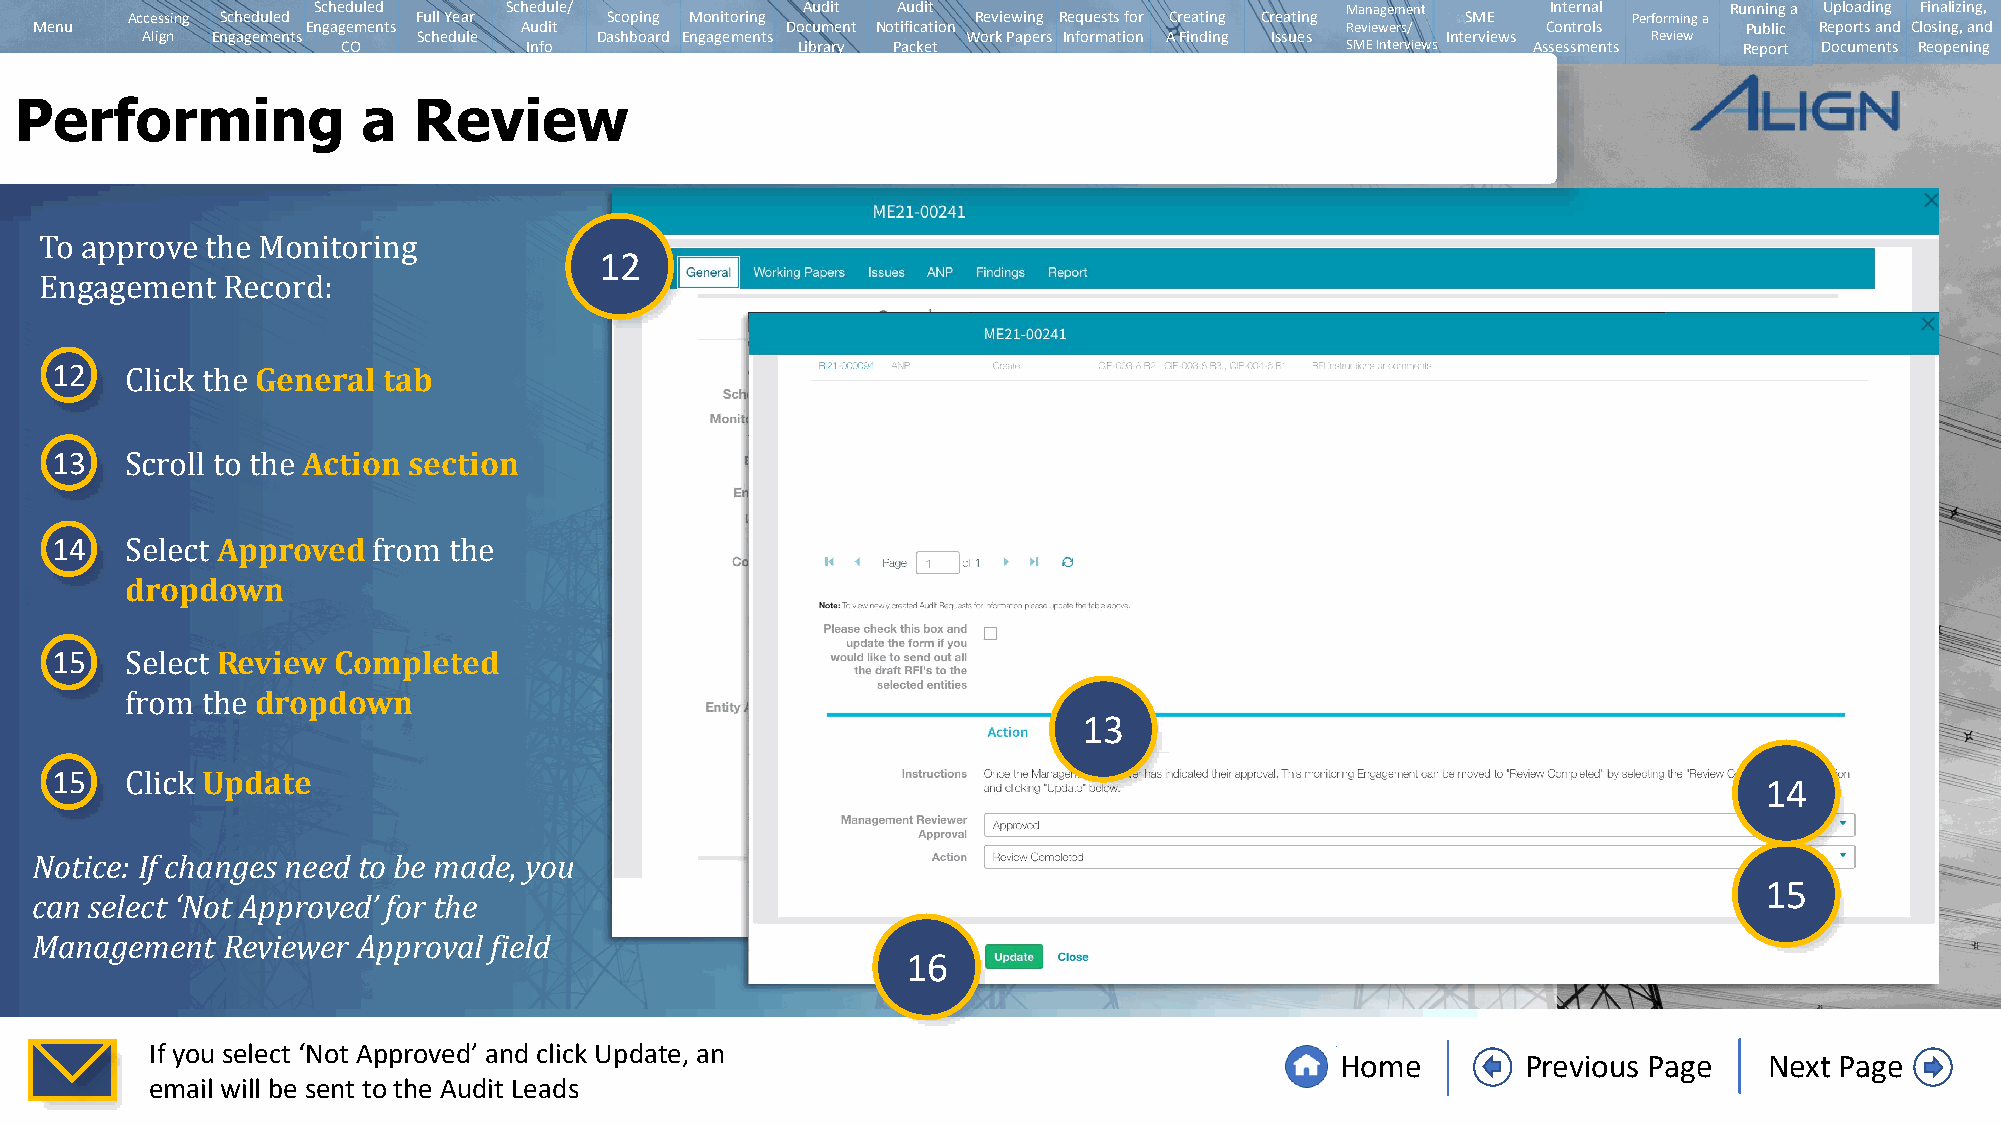
Scheduled   Schedule/           Audit Audit                         Management    Internal   Running a Uploading Finalizing,
 Accessing Scheduled Full Year   Scoping Monitoring       Reviewing Requests for Creating Creating SME Performing a
 Menu              Engagements   Audit             Document Notification                Reviewers/   Controls      Public Reports and Closing, and
 Align Engagements  Schedule   Dashboard Engagements    Work Papers Information A Finding Issues Interviews Review
 CO          Info              Library Packet                      SMEInterviews Assessments Report Documents Reopening
 Performing             a  Review
 12
 To approve the Monitoring
 Engagement  Record:
 12            General tab
 Click the
 13               Action section
 Scroll to the
 14         Approved
 dropdown
 Select           from the
 15         Review  Completed
 dropdown
 13
 Select
 from the
 15        Update
 14
 Click
 Notice: If changes need to be made, you
 15
 can select ‘Not Approved’ for the
 Management   Reviewer Approval field
 16
 If you select ‘Not Approved’ and click Update, an
 Home        Previous Page   Next Page
 email will be sent to the Audit Leads